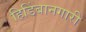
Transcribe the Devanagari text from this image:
हिडिंबानगारी